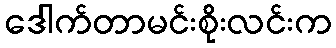
ဒေါက်တာမင်းစိုးလင်းက